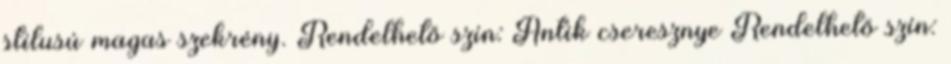
stílusú magas szekrény. Rendelhető szín: Antik cseresznye Rendelhető szín: